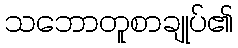
သဘောတူစာချုပ်၏